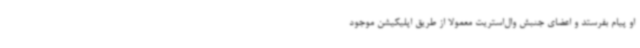
او پیام بفرستد و اعضای جنبش وال‌استریت معمولا از طریق اپلیکیشن موجود